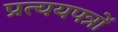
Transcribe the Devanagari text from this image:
प्रत्ययपत्रों